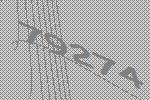
79274